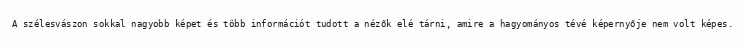
A szélesvászon sokkal nagyobb képet és több információt tudott a nézők elé tárni, amire a hagyományos tévé képernyője nem volt képes.